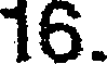
16.